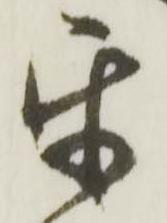
互